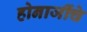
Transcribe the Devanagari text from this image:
होनाजींचे